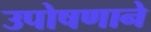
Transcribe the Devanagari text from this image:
उपोषणाने